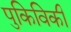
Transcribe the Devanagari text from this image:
पुकिविकी